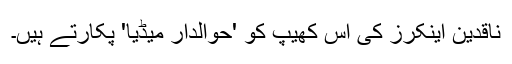
ناقدین اینکرز کی اس کھیپ کو 'حوالدار میڈیا' پکارتے ہیں۔